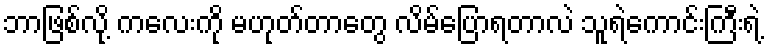
ဘာဖြစ်လို့ ကလေးကို မဟုတ်တာတွေ လိမ်ပြောရတာလဲ သူရဲကောင်းကြီးရဲ့